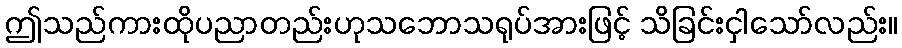
ဤသည်ကားထိုပညာတည်းဟုသဘောသရုပ်အားဖြင့် သိခြင်းငှါသော်လည်း။